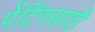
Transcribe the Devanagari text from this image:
पेंटिंगसाठी